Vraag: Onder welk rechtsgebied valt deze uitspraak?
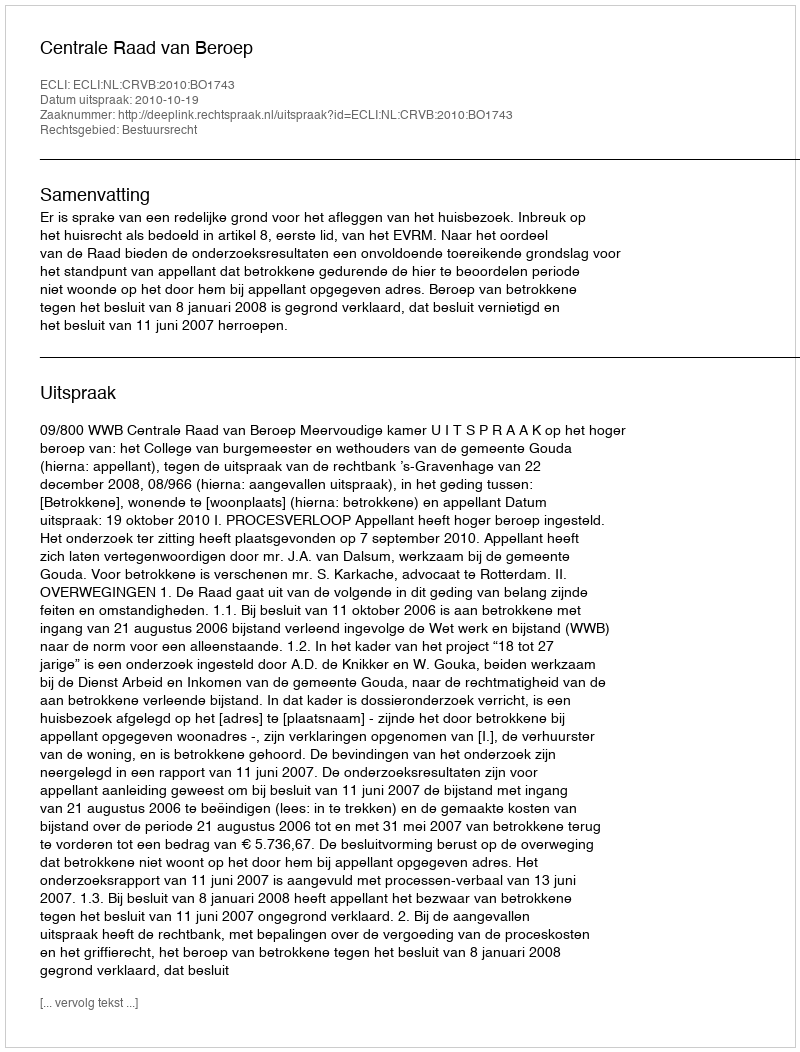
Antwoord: Bestuursrecht